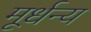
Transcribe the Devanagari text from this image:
मूर्धन्‍य